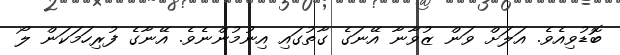
ބޮޑުވިއެވެ. އަލަށް ވަން ޒުވާނާ އޭނަގެ ގާތުގައި އިނުމުންނެވެ. އޭނާގެ ފުރިހަމަކަން ލޯ